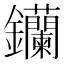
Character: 钄